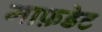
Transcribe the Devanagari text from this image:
माफ़डेट